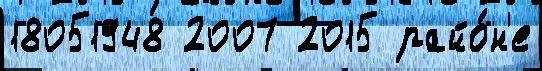
18051948 2007 2015 райо́н'е